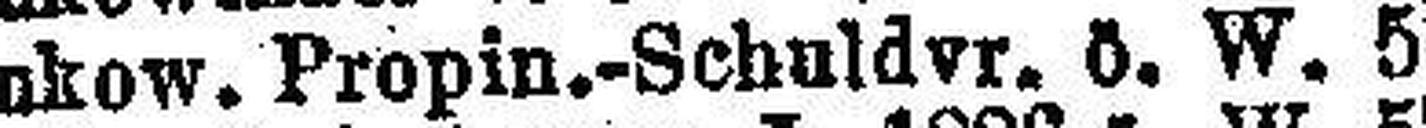
Bukow. Propin.-Schuldvr. ö. W. 5